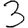
Digit: 3